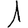
Digit: 1